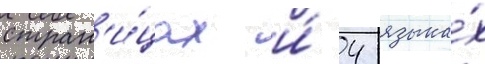
стран'и́цах и́ 4 языка́х